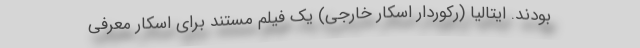
بودند. ایتالیا (رکوردار اسکار خارجی) یک فیلم مستند برای اسکار معرفی